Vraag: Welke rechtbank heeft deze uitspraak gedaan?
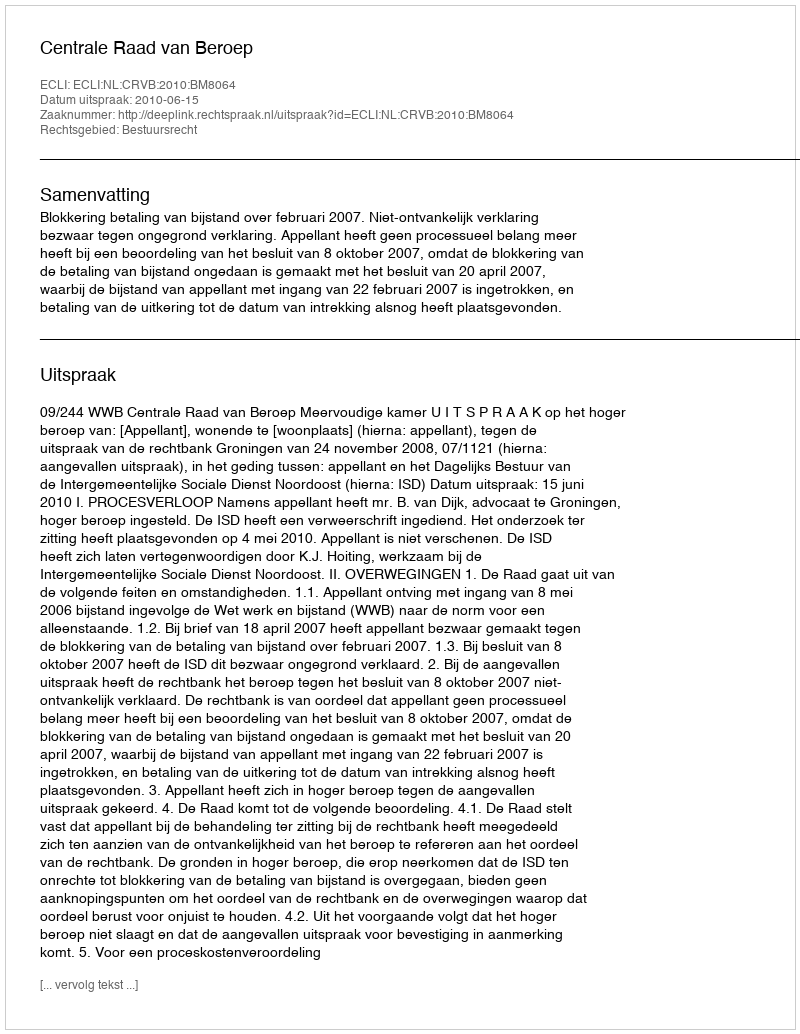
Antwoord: Centrale Raad van Beroep